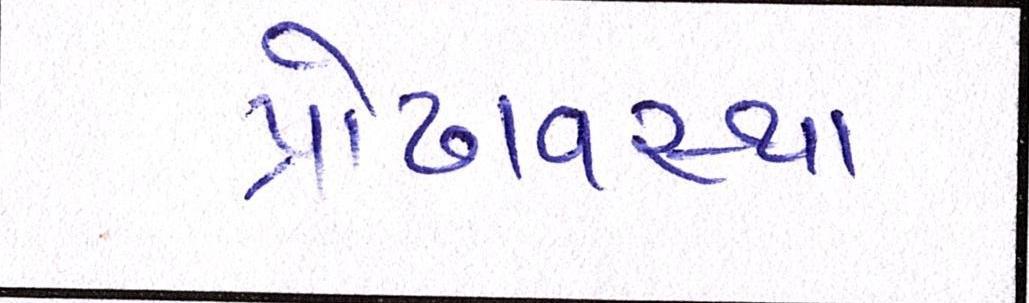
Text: પ્રૌઢાવસ્થા